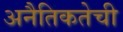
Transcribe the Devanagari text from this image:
अनैतिकतेची